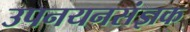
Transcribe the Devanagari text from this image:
उपनयनसंज्ञक